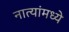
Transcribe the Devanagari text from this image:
नात्यांमध्ये